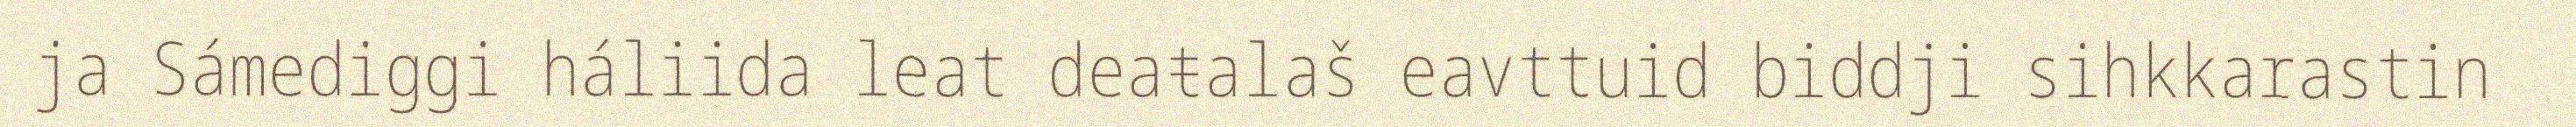
ja Sámediggi háliida leat deaŧalaš eavttuid biddji sihkkarastin